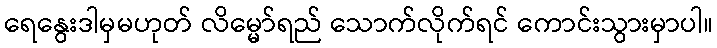
ရေနွေးဒါမှမဟုတ် လိမ္မော်ရည် သောက်လိုက်ရင် ကောင်းသွားမှာပါ။